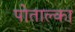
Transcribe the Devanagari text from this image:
पोताल्का